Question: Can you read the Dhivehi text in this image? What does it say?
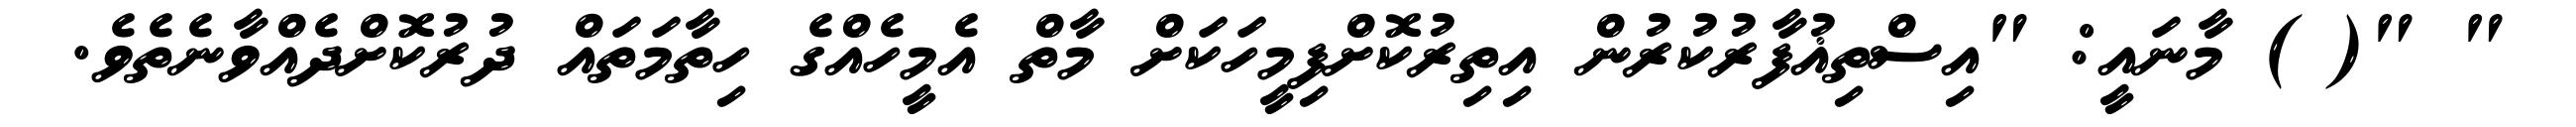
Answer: " "( ) މާނައީ: "އިސްތިޣުފާރުކުރުން އިތިރުކޮށްފިމީހަކަށް މާތް އެމީހެއްގެ ހިތާމަތައް ދުރުކޮށްދެއްވާނެތެވެ.